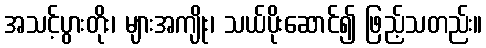
အသင့်ပွားတိုး၊ များအကျိုး၊ သယ်ပိုးဆောင်၍ ဖြည့်သတည်း။